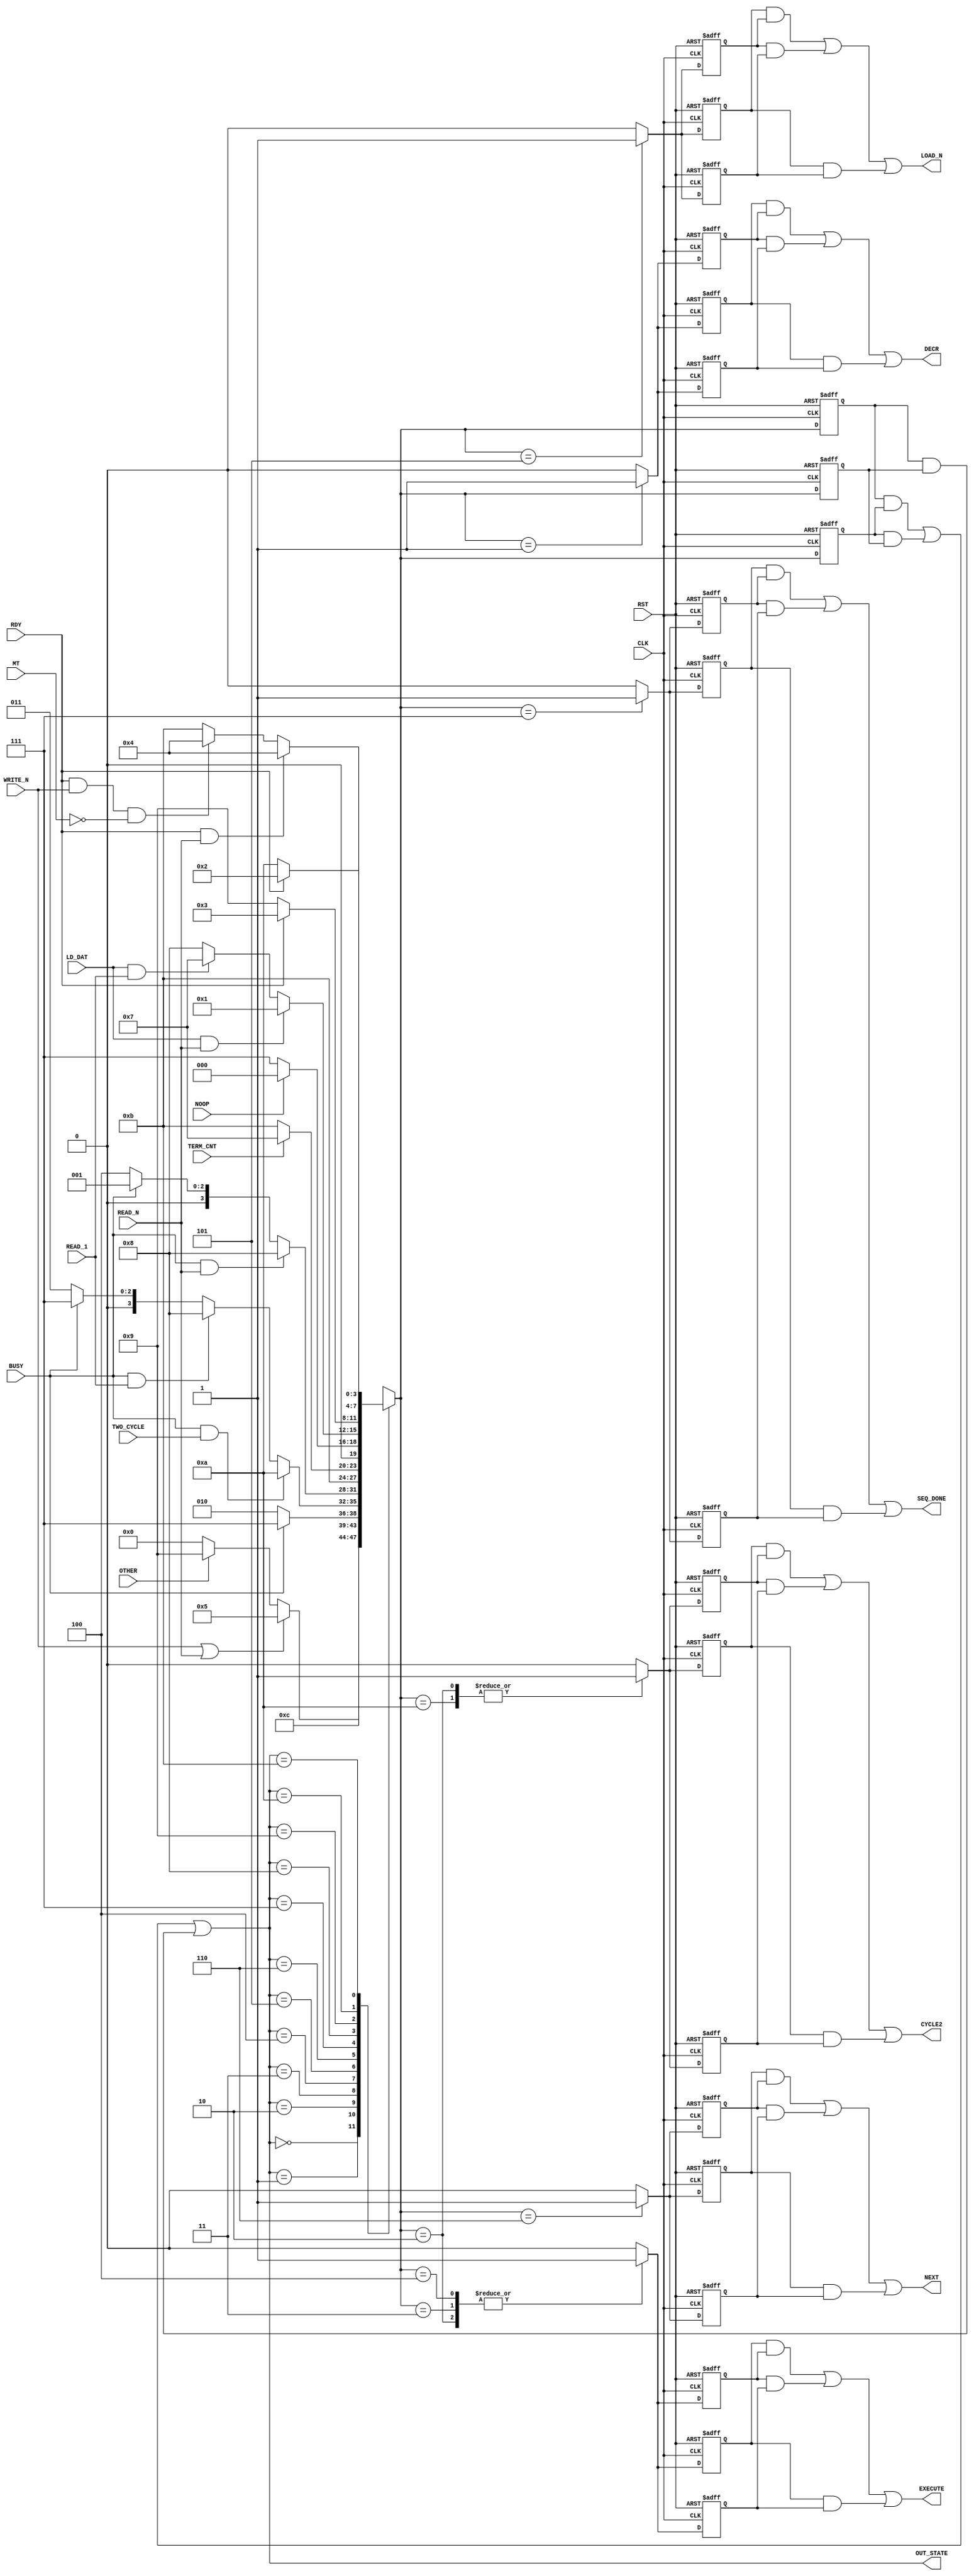

// Created by fizzim_tmr.pl version $Revision: 4.44 on 2014:08:25 at 17:16:35 (www.fizzim.com)

module BPI_ctrl_FSM_TMR (
  output CYCLE2,
  output DECR,
  output EXECUTE,
  output LOAD_N,
  output NEXT,
  output SEQ_DONE,
  output wire [3:0] OUT_STATE,
  input BUSY,
  input CLK,
  input LD_DAT,
  input MT,
  input NOOP,
  input OTHER,
  input RDY,
  input READ_1,
  input READ_N,
  input RST,
  input TERM_CNT,
  input TWO_CYCLE,
  input WRITE_N 
);

  // state bits
  parameter 
  Idle           = 4'b0000, 
  Decr           = 4'b0001, 
  Ex_2nd_Cycle   = 4'b0010, 
  Ex_First_Cycle = 4'b0011, 
  Ex_RW          = 4'b0100, 
  Load_n         = 4'b0101, 
  Next           = 4'b0110, 
  Seq_Done       = 4'b0111, 
  Wait4Data      = 4'b1000, 
  Wait4Rdy1      = 4'b1001, 
  Wait4Rdy2      = 4'b1010, 
  Wait4RdyRW     = 4'b1011; 

  (* syn_preserve = "true" *) reg [3:0] state_1;
  (* syn_preserve = "true" *) reg [3:0] state_2;
  (* syn_preserve = "true" *) reg [3:0] state_3;

  (* syn_keep = "true" *) wire [3:0] voted_state_1;
  (* syn_keep = "true" *) wire [3:0] voted_state_2;
  (* syn_keep = "true" *) wire [3:0] voted_state_3;

  assign voted_state_1    = (state_1    & state_2   ) | (state_2    & state_3   ) | (state_1    & state_3   ); // Majority logic
  assign voted_state_2    = (state_1    & state_2   ) | (state_2    & state_3   ) | (state_1    & state_3   ); // Majority logic
  assign voted_state_3    = (state_1    & state_2   ) | (state_2    & state_3   ) | (state_1    & state_3   ); // Majority logic

  assign OUT_STATE = voted_state_1;

  (* syn_keep = "true" *) reg [3:0] nextstate_1;
  (* syn_keep = "true" *) reg [3:0] nextstate_2;
  (* syn_keep = "true" *) reg [3:0] nextstate_3;

  (* syn_preserve = "true" *)  reg CYCLE2_1;
  (* syn_preserve = "true" *)  reg CYCLE2_2;
  (* syn_preserve = "true" *)  reg CYCLE2_3;
  (* syn_preserve = "true" *)  reg DECR_1;
  (* syn_preserve = "true" *)  reg DECR_2;
  (* syn_preserve = "true" *)  reg DECR_3;
  (* syn_preserve = "true" *)  reg EXECUTE_1;
  (* syn_preserve = "true" *)  reg EXECUTE_2;
  (* syn_preserve = "true" *)  reg EXECUTE_3;
  (* syn_preserve = "true" *)  reg LOAD_N_1;
  (* syn_preserve = "true" *)  reg LOAD_N_2;
  (* syn_preserve = "true" *)  reg LOAD_N_3;
  (* syn_preserve = "true" *)  reg NEXT_1;
  (* syn_preserve = "true" *)  reg NEXT_2;
  (* syn_preserve = "true" *)  reg NEXT_3;
  (* syn_preserve = "true" *)  reg SEQ_DONE_1;
  (* syn_preserve = "true" *)  reg SEQ_DONE_2;
  (* syn_preserve = "true" *)  reg SEQ_DONE_3;

  // Assignment of outputs and flags to voted majority logic of replicated registers
  assign CYCLE2   = (CYCLE2_1   & CYCLE2_2  ) | (CYCLE2_2   & CYCLE2_3  ) | (CYCLE2_1   & CYCLE2_3  ); // Majority logic
  assign DECR     = (DECR_1     & DECR_2    ) | (DECR_2     & DECR_3    ) | (DECR_1     & DECR_3    ); // Majority logic
  assign EXECUTE  = (EXECUTE_1  & EXECUTE_2 ) | (EXECUTE_2  & EXECUTE_3 ) | (EXECUTE_1  & EXECUTE_3 ); // Majority logic
  assign LOAD_N   = (LOAD_N_1   & LOAD_N_2  ) | (LOAD_N_2   & LOAD_N_3  ) | (LOAD_N_1   & LOAD_N_3  ); // Majority logic
  assign NEXT     = (NEXT_1     & NEXT_2    ) | (NEXT_2     & NEXT_3    ) | (NEXT_1     & NEXT_3    ); // Majority logic
  assign SEQ_DONE = (SEQ_DONE_1 & SEQ_DONE_2) | (SEQ_DONE_2 & SEQ_DONE_3) | (SEQ_DONE_1 & SEQ_DONE_3); // Majority logic

  // Assignment of error detection logic to replicated signals

  // comb always block
  always @* begin
    nextstate_1 = 4'bxxxx; // default to x because default_state_is_x is set
    nextstate_2 = 4'bxxxx; // default to x because default_state_is_x is set
    nextstate_3 = 4'bxxxx; // default to x because default_state_is_x is set
    case (voted_state_1)
      Idle          : if      (WRITE_N || READ_N)     nextstate_1 = Load_n;
                      else if (OTHER)                 nextstate_1 = Wait4Rdy1;
                      else                            nextstate_1 = Idle;
      Decr          :                                 nextstate_1 = Next;
      Ex_2nd_Cycle  : if      (BUSY)                  nextstate_1 = Seq_Done;
                      else                            nextstate_1 = Ex_2nd_Cycle;
      Ex_First_Cycle: if      (BUSY && TWO_CYCLE)     nextstate_1 = Wait4Rdy2;
                      else if (BUSY && READ_1)        nextstate_1 = Wait4Data;
                      else if (BUSY)                  nextstate_1 = Seq_Done;
                      else                            nextstate_1 = Ex_First_Cycle;
      Ex_RW         : if      (BUSY && READ_N)        nextstate_1 = Wait4Data;
                      else if (BUSY)                  nextstate_1 = Decr;
                      else                            nextstate_1 = Ex_RW;
      Load_n        :                                 nextstate_1 = Wait4RdyRW;
      Next          : if      (TERM_CNT)              nextstate_1 = Seq_Done;
                      else                            nextstate_1 = Wait4RdyRW;
      Seq_Done      : if      (NOOP)                  nextstate_1 = Idle;
                      else                            nextstate_1 = Seq_Done;
      Wait4Data     : if      (LD_DAT && READ_N)      nextstate_1 = Decr;
                      else if (LD_DAT && READ_1)      nextstate_1 = Seq_Done;
                      else                            nextstate_1 = Wait4Data;
      Wait4Rdy1     : if      (RDY)                   nextstate_1 = Ex_First_Cycle;
                      else                            nextstate_1 = Wait4Rdy1;
      Wait4Rdy2     : if      (RDY)                   nextstate_1 = Ex_2nd_Cycle;
                      else                            nextstate_1 = Wait4Rdy2;
      Wait4RdyRW    : if      (RDY && READ_N)         nextstate_1 = Ex_RW;
                      else if (RDY & WRITE_N && !MT)  nextstate_1 = Ex_RW;
                      else                            nextstate_1 = Wait4RdyRW;
    endcase
    case (voted_state_2)
      Idle          : if      (WRITE_N || READ_N)     nextstate_2 = Load_n;
                      else if (OTHER)                 nextstate_2 = Wait4Rdy1;
                      else                            nextstate_2 = Idle;
      Decr          :                                 nextstate_2 = Next;
      Ex_2nd_Cycle  : if      (BUSY)                  nextstate_2 = Seq_Done;
                      else                            nextstate_2 = Ex_2nd_Cycle;
      Ex_First_Cycle: if      (BUSY && TWO_CYCLE)     nextstate_2 = Wait4Rdy2;
                      else if (BUSY && READ_1)        nextstate_2 = Wait4Data;
                      else if (BUSY)                  nextstate_2 = Seq_Done;
                      else                            nextstate_2 = Ex_First_Cycle;
      Ex_RW         : if      (BUSY && READ_N)        nextstate_2 = Wait4Data;
                      else if (BUSY)                  nextstate_2 = Decr;
                      else                            nextstate_2 = Ex_RW;
      Load_n        :                                 nextstate_2 = Wait4RdyRW;
      Next          : if      (TERM_CNT)              nextstate_2 = Seq_Done;
                      else                            nextstate_2 = Wait4RdyRW;
      Seq_Done      : if      (NOOP)                  nextstate_2 = Idle;
                      else                            nextstate_2 = Seq_Done;
      Wait4Data     : if      (LD_DAT && READ_N)      nextstate_2 = Decr;
                      else if (LD_DAT && READ_1)      nextstate_2 = Seq_Done;
                      else                            nextstate_2 = Wait4Data;
      Wait4Rdy1     : if      (RDY)                   nextstate_2 = Ex_First_Cycle;
                      else                            nextstate_2 = Wait4Rdy1;
      Wait4Rdy2     : if      (RDY)                   nextstate_2 = Ex_2nd_Cycle;
                      else                            nextstate_2 = Wait4Rdy2;
      Wait4RdyRW    : if      (RDY && READ_N)         nextstate_2 = Ex_RW;
                      else if (RDY & WRITE_N && !MT)  nextstate_2 = Ex_RW;
                      else                            nextstate_2 = Wait4RdyRW;
    endcase
    case (voted_state_3)
      Idle          : if      (WRITE_N || READ_N)     nextstate_3 = Load_n;
                      else if (OTHER)                 nextstate_3 = Wait4Rdy1;
                      else                            nextstate_3 = Idle;
      Decr          :                                 nextstate_3 = Next;
      Ex_2nd_Cycle  : if      (BUSY)                  nextstate_3 = Seq_Done;
                      else                            nextstate_3 = Ex_2nd_Cycle;
      Ex_First_Cycle: if      (BUSY && TWO_CYCLE)     nextstate_3 = Wait4Rdy2;
                      else if (BUSY && READ_1)        nextstate_3 = Wait4Data;
                      else if (BUSY)                  nextstate_3 = Seq_Done;
                      else                            nextstate_3 = Ex_First_Cycle;
      Ex_RW         : if      (BUSY && READ_N)        nextstate_3 = Wait4Data;
                      else if (BUSY)                  nextstate_3 = Decr;
                      else                            nextstate_3 = Ex_RW;
      Load_n        :                                 nextstate_3 = Wait4RdyRW;
      Next          : if      (TERM_CNT)              nextstate_3 = Seq_Done;
                      else                            nextstate_3 = Wait4RdyRW;
      Seq_Done      : if      (NOOP)                  nextstate_3 = Idle;
                      else                            nextstate_3 = Seq_Done;
      Wait4Data     : if      (LD_DAT && READ_N)      nextstate_3 = Decr;
                      else if (LD_DAT && READ_1)      nextstate_3 = Seq_Done;
                      else                            nextstate_3 = Wait4Data;
      Wait4Rdy1     : if      (RDY)                   nextstate_3 = Ex_First_Cycle;
                      else                            nextstate_3 = Wait4Rdy1;
      Wait4Rdy2     : if      (RDY)                   nextstate_3 = Ex_2nd_Cycle;
                      else                            nextstate_3 = Wait4Rdy2;
      Wait4RdyRW    : if      (RDY && READ_N)         nextstate_3 = Ex_RW;
                      else if (RDY & WRITE_N && !MT)  nextstate_3 = Ex_RW;
                      else                            nextstate_3 = Wait4RdyRW;
    endcase
  end

  // Assign reg'd outputs to state bits

  // sequential always block
  always @(posedge CLK or posedge RST) begin
    if (RST) begin
      state_1 <= Idle;
      state_2 <= Idle;
      state_3 <= Idle;
    end
    else begin
      state_1 <= nextstate_1;
      state_2 <= nextstate_2;
      state_3 <= nextstate_3;
    end
  end

  // datapath sequential always block
  always @(posedge CLK or posedge RST) begin
    if (RST) begin
      CYCLE2_1 <= 0;
      CYCLE2_2 <= 0;
      CYCLE2_3 <= 0;
      DECR_1 <= 0;
      DECR_2 <= 0;
      DECR_3 <= 0;
      EXECUTE_1 <= 0;
      EXECUTE_2 <= 0;
      EXECUTE_3 <= 0;
      LOAD_N_1 <= 0;
      LOAD_N_2 <= 0;
      LOAD_N_3 <= 0;
      NEXT_1 <= 0;
      NEXT_2 <= 0;
      NEXT_3 <= 0;
      SEQ_DONE_1 <= 0;
      SEQ_DONE_2 <= 0;
      SEQ_DONE_3 <= 0;
    end
    else begin
      CYCLE2_1 <= 0; // default
      CYCLE2_2 <= 0; // default
      CYCLE2_3 <= 0; // default
      DECR_1 <= 0; // default
      DECR_2 <= 0; // default
      DECR_3 <= 0; // default
      EXECUTE_1 <= 0; // default
      EXECUTE_2 <= 0; // default
      EXECUTE_3 <= 0; // default
      LOAD_N_1 <= 0; // default
      LOAD_N_2 <= 0; // default
      LOAD_N_3 <= 0; // default
      NEXT_1 <= 0; // default
      NEXT_2 <= 0; // default
      NEXT_3 <= 0; // default
      SEQ_DONE_1 <= 0; // default
      SEQ_DONE_2 <= 0; // default
      SEQ_DONE_3 <= 0; // default
      case (nextstate_1)
        Decr          :        DECR_1 <= 1;
        Ex_2nd_Cycle  : begin
                               CYCLE2_1 <= 1;
                               EXECUTE_1 <= 1;
        end
        Ex_First_Cycle:        EXECUTE_1 <= 1;
        Ex_RW         :        EXECUTE_1 <= 1;
        Load_n        :        LOAD_N_1 <= 1;
        Next          :        NEXT_1 <= 1;
        Seq_Done      :        SEQ_DONE_1 <= 1;
        Wait4Rdy2     :        CYCLE2_1 <= 1;
      endcase
      case (nextstate_2)
        Decr          :        DECR_2 <= 1;
        Ex_2nd_Cycle  : begin
                               CYCLE2_2 <= 1;
                               EXECUTE_2 <= 1;
        end
        Ex_First_Cycle:        EXECUTE_2 <= 1;
        Ex_RW         :        EXECUTE_2 <= 1;
        Load_n        :        LOAD_N_2 <= 1;
        Next          :        NEXT_2 <= 1;
        Seq_Done      :        SEQ_DONE_2 <= 1;
        Wait4Rdy2     :        CYCLE2_2 <= 1;
      endcase
      case (nextstate_3)
        Decr          :        DECR_3 <= 1;
        Ex_2nd_Cycle  : begin
                               CYCLE2_3 <= 1;
                               EXECUTE_3 <= 1;
        end
        Ex_First_Cycle:        EXECUTE_3 <= 1;
        Ex_RW         :        EXECUTE_3 <= 1;
        Load_n        :        LOAD_N_3 <= 1;
        Next          :        NEXT_3 <= 1;
        Seq_Done      :        SEQ_DONE_3 <= 1;
        Wait4Rdy2     :        CYCLE2_3 <= 1;
      endcase
    end
  end

  // This code allows you to see state names in simulation
  `ifndef SYNTHESIS
  reg [111:0] statename;
  always @* begin
    case (state_1)
      Idle          : statename = "Idle";
      Decr          : statename = "Decr";
      Ex_2nd_Cycle  : statename = "Ex_2nd_Cycle";
      Ex_First_Cycle: statename = "Ex_First_Cycle";
      Ex_RW         : statename = "Ex_RW";
      Load_n        : statename = "Load_n";
      Next          : statename = "Next";
      Seq_Done      : statename = "Seq_Done";
      Wait4Data     : statename = "Wait4Data";
      Wait4Rdy1     : statename = "Wait4Rdy1";
      Wait4Rdy2     : statename = "Wait4Rdy2";
      Wait4RdyRW    : statename = "Wait4RdyRW";
      default       : statename = "XXXXXXXXXXXXXX";
    endcase
  end
  `endif

endmodule